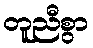
တူညီစွာ